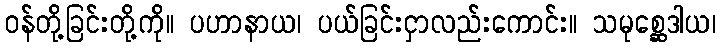
ဝန်တို့ခြင်းတို့ကို။ ပဟာနာယ၊ ပယ်ခြင်းငှာလည်းကောင်း။ သမုစ္ဆေဒါယ၊